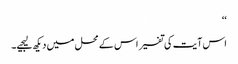
‘‘
اس آیت کی تفسیر اس کے محل میں دیکھ لیجیے۔